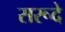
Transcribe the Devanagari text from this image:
सरूदे